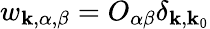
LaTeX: w_{\mathbf{k},\alpha,\beta}=O_{\alpha\beta}\delta_{\mathbf{k},\mathbf{k}_{0}}